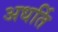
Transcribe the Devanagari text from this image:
अधर्ति